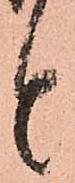
と